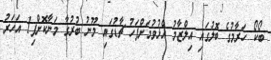
ބޯކޯ ހަރާމުގެ ބޮލުގައި އިލްޒާމު އެޅުވުމަށްފަހު ޗާޑުގައި މޫނު ބުރުގާ މަނާކޮށްފި1 އަހަރު